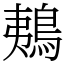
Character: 鴺